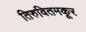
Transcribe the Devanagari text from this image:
तिरुवितमकूर